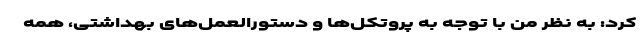
کرد: به نظر من با توجه به پروتکل‌ها و دستورالعمل‌های بهداشتی، همه